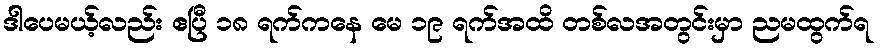
ဒါပေမယ့်လည်း ဧပြီ ၁၈ ရက်ကနေ မေ ၁၉ ရက်အထိ တစ်လအတွင်းမှာ ညမထွက်ရ